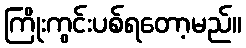
ကြိုးကွင်းပစ်ရတော့မည်။